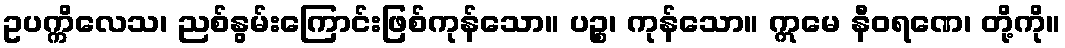
ဥပက္ကိလေသ၊ ညစ်နွမ်းကြောင်းဖြစ်ကုန်သော။ ပဉ္စ၊ ကုန်သော။ ဣမေ နီဝရဏေ၊ တို့ကို။